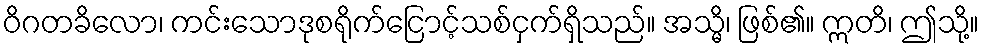
ဝိဂတခိလော၊ ကင်းသောဒုစရိုက်ငြောင့်သစ်ငှက်ရှိသည်။ အသ္မိ၊ ဖြစ်၏။ ဣတိ၊ ဤသို့။